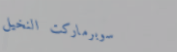
سوبرماركت النخيل